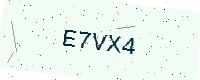
Text: E7VX4